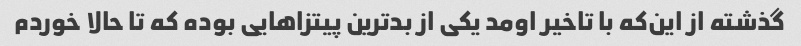
گذشته از این‌که با تاخیر اومد یکی از بدترین پیتزاهایی بوده که تا حالا خوردم